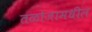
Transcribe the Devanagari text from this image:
तळोजामधील